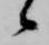
候